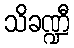
သိခဏ္ဍီ